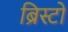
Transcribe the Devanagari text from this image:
ब्रिस्टो